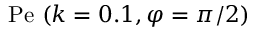
\mathrm { P e } \ ( k = 0 . 1 , \varphi = \pi / 2 )